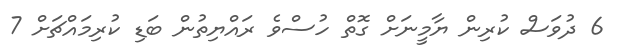
6 ދުވަަސް ކުރިން ޔާމީނަށް ގޮތް ހުސްވެ ރައްޔިތުން ބަޑި ކުރިމައްޗަށް 7